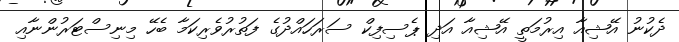
ދެކުނު އޭޝިއާ އިރުމަތީ އޭޝިއާ އަދި ޕެސިފިިކް ސަރަހައްދުގެ ފަތުރުވެރިކަމާ ބެހޭ މިނިސްޓަރުންނާއި